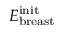
E _ { \mathrm { b r e a s t } } ^ { \mathrm { i n i t } }